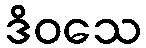
ဒိဝသေ